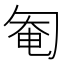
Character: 匎